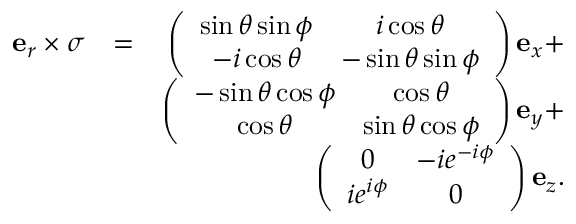
\begin{array} { r l r } { \mathbf { e } _ { r } \times \boldsymbol \sigma } & { = } & { \left( \begin{array} { c c } { \sin \theta \sin \phi } & { i \cos \theta } \\ { - i \cos \theta } & { - \sin \theta \sin \phi } \end{array} \right) \mathbf { e } _ { x } + } \\ & { } & { \left( \begin{array} { c c } { - \sin \theta \cos \phi } & { \cos \theta } \\ { \cos \theta } & { \sin \theta \cos \phi } \end{array} \right) \mathbf { e } _ { y } + } \\ & { } & { \left( \begin{array} { c c } { 0 } & { - i e ^ { - i \phi } } \\ { i e ^ { i \phi } } & { 0 } \end{array} \right) \mathbf { e } _ { z } . } \end{array}